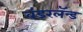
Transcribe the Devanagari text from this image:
वंडरलॅन्ड